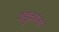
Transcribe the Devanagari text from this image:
मंडुकांना